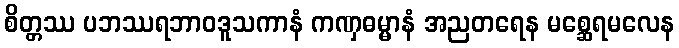
စိတ္တဿ ပဘဿရဘာဝဒူသကာနံ ကဏှဓမ္မာနံ အညတရေန မစ္ဆေရမလေန